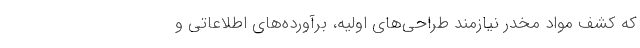
که کشف مواد مخدر نیازمند طراحی‌های اولیه، برآورده‌های اطلاعاتی و